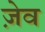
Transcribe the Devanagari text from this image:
ज़ेव